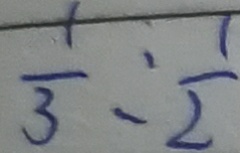
\frac { 1 } { 3 } : \frac { 1 } { 2 }